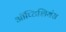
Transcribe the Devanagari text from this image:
ऑप्टिशियंस